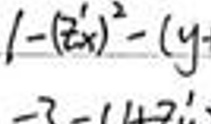
\(1 - ( x ^ { \prime } ) ^ { 2 } - ( y ^ { \prime } ) ^ { 2 } - ( z ^ { \prime } ) ^ { 2 }\)